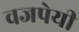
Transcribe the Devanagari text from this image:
वजपेयी